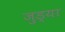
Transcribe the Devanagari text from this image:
जुड्या